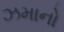
ઝમાનો